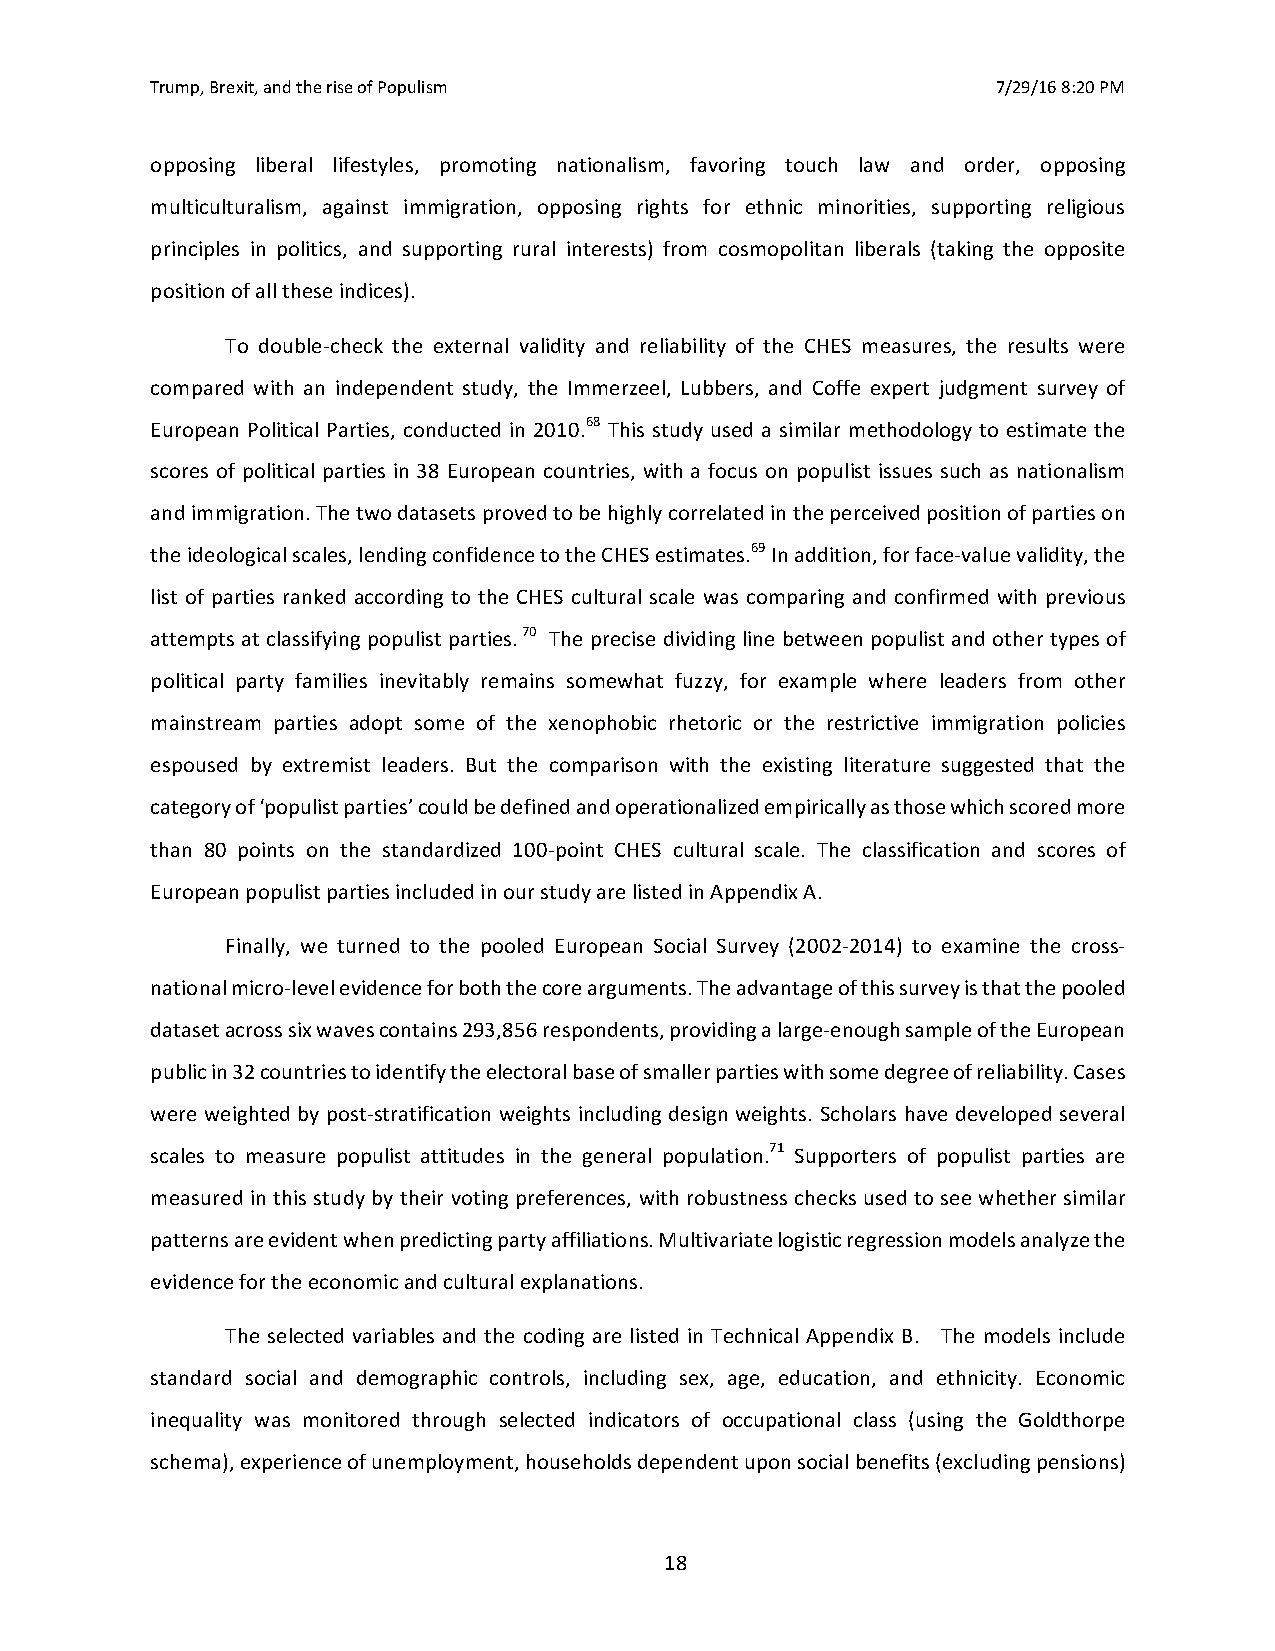
Trump, Brexit, and the rise of Populism                 7/29/16 8:20 PM
 opposing liberal lifestyles, promoting nationalism, favoring touch law and order, opposing
 multiculturalism, against immigration, opposing rights for ethnic minorities, supporting religious
 principles in politics, and supporting rural interests) from cosmopolitan liberals (taking the opposite
 position of all these indices).
 To double-check the external validity and reliability of the CHES measures, the results were
 compared with an independent study, the Immerzeel, Lubbers, and Coffe expert judgment survey of
 European Political Parties, conducted in 2010.68 This study used a similar methodology to estimate the
 scores of political parties in 38 European countries, with a focus on populist issues such as nationalism
 and immigration. The two datasets proved to be highly correlated in the perceived position of parties on
 the ideological scales, lending confidence to the CHES estimates.69 In addition, for face-value validity, the
 list of parties ranked according to the CHES cultural scale was comparing and confirmed with previous
 attempts at classifying populist parties. 70 The precise dividing line between populist and other types of
 political party families inevitably remains somewhat fuzzy, for example where leaders from other
 mainstream parties adopt some of the xenophobic rhetoric or the restrictive immigration policies
 espoused by extremist leaders. But the comparison with the existing literature suggested that the
 category of ‘populist parties’ could be defined and operationalized empirically as those which scored more
 than 80 points on the standardized 100-point CHES cultural scale. The classification and scores of
 European populist parties included in our study are listed in Appendix A.
 Finally, we turned to the pooled European Social Survey (2002-2014) to examine the cross-
 national micro-level evidence for both the core arguments. The advantage of this survey is that the pooled
 dataset across six waves contains 293,856 respondents, providing a large-enough sample of the European
 public in 32 countries to identify the electoral base of smaller parties with some degree of reliability. Cases
 were weighted by post-stratification weights including design weights. Scholars have developed several
 scales to measure populist attitudes in the general population.71 Supporters of populist parties are
 measured in this study by their voting preferences, with robustness checks used to see whether similar
 patterns are evident when predicting party affiliations. Multivariate logistic regression models analyze the
 evidence for the economic and cultural explanations.
 The selected variables and the coding are listed in Technical Appendix B. The models include
 standard social and demographic controls, including sex, age, education, and ethnicity. Economic
 inequality was monitored through selected indicators of occupational class (using the Goldthorpe
 schema), experience of unemployment, households dependent upon social benefits (excluding pensions)
 18